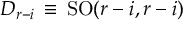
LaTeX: D _ { r - i } \, \equiv \, \mathrm { S O } ( r - i , r - i )